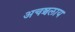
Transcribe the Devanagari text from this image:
अचञ्चलाय